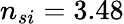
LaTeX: n_{si}=3.48